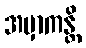
အမှာကန္တိ